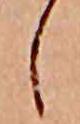
し